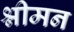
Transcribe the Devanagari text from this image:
श्नीमन